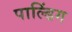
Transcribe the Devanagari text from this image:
पाल्डिंग